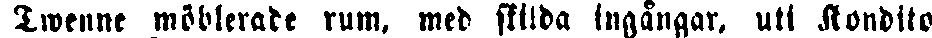
Twenne möblerade rum, med skilda ingångar, uti Kondito